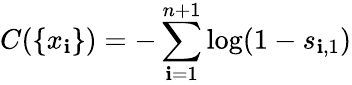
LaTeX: C(\{ x_{\mathbf{i}}\} )=-\sum_{\mathbf{i}=1}^{n+1}\log(1-s_{\mathbf{i},1})